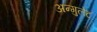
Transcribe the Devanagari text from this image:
अन्गुलेट